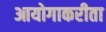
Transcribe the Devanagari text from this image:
आयोगाकरीता